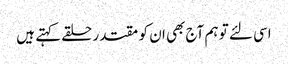
اسی لئے تو ہم آج بھی ان کو مقتدر حلقے کہتے ہیں